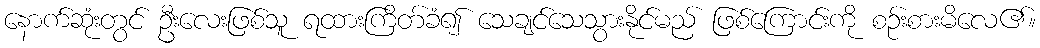
နောက်ဆုံးတွင် ဦးလေးဖြစ်သူ ရထားကြိတ်ခံ၍ သေချင်သေသွားနိုင်မည် ဖြစ်ကြောင်းကို စဉ်းစားမိလေ၏။